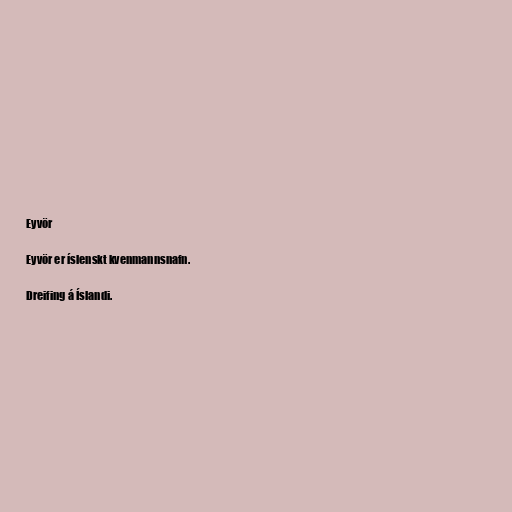
Eyvör

Eyvör er íslenskt kvenmannsnafn.

Dreifing á Íslandi.